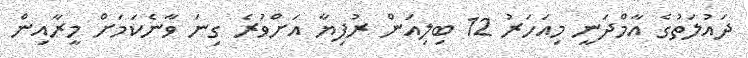
ދައުލަތުގެ އާމްދަނީ މިއަހަރު 12 ބިލިއަން ރުފިޔާ އަށްވުރެ ގިނަ ވާނެކަމަށް މީރާއިން